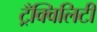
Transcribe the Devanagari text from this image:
ट्रँक्विलिटी